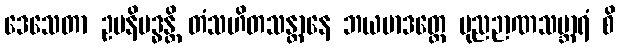
ဒေသေတာ ဥပနိဗဒ္ဓန္တိ တံသဟိတသန္တာနေ ဘယမာဒတ္တေ ပုညဉာဏသမ္ဘာရံ စိ